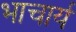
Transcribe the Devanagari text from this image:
भाचार्य